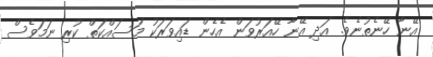
އޭނާ ހޭނެތުނެވެ. އަދި އޭނާ ހޭއަރުވަން އެހެން ޑައިވަރަކު މަސައްކަތް ކުރި ނަމަވެސް